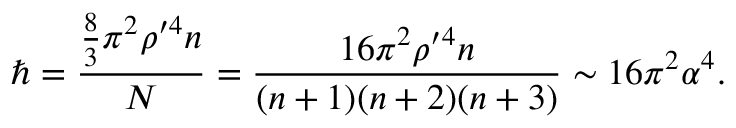
\hbar = \frac { \frac { 8 } { 3 } \pi ^ { 2 } \rho ^ { \prime 4 } n } { N } = \frac { 1 6 \pi ^ { 2 } \rho ^ { \prime 4 } n } { ( n + 1 ) ( n + 2 ) ( n + 3 ) } \sim 1 6 \pi ^ { 2 } \alpha ^ { 4 } .